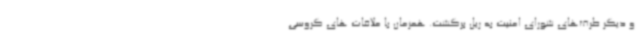
و دیگر طرف‌های شورای امنیت به ریل برگشت. همزمان با ملاقات های گروسی